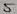
Text: 5